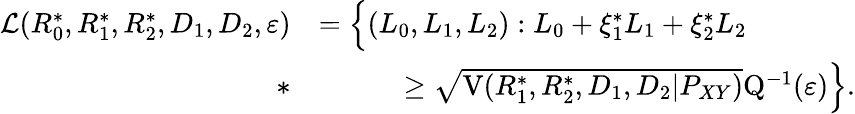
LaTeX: \begin{array}{rl}{\mathcal{L}(R_{0}^{*},R_{1}^{*},R_{2}^{*},D_{1},D_{2},\varepsilon)}&{=\Big\{ (L_{0},L_{1},L_{2}):L_{0}+\xi_{1}^{*}L_{1}+\xi_{2}^{*}L_{2}}\\ {*}&{\qquad\quad\geq\sqrt{\mathrm{V}(R_{1}^{*},R_{2}^{*},D_{1},D_{2}|P_{XY})}\mathrm{Q}^{-1}(\varepsilon)\Big\} .}\end{array}